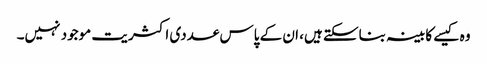
وہ کیسے کابینہ بناسکتے ہیں، ان کے پاس عددی اکثریت موجود نہیں۔